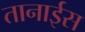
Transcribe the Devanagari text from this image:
तानाईस